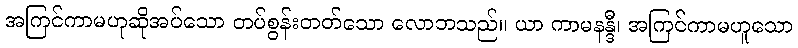
အကြင်ကာမဟုဆိုအပ်သော တပ်စွန်းတတ်သော လောဘသည်။ ယာ ကာမနန္ဒီ၊ အကြင်ကာမဟူသော